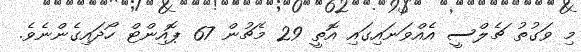
މި ވަގުތު ޗެލްސީ އެއްވަނައިގައި އޮތީ 29 މެޗުން 67 ޕޮއިންޓް ހޯދައިގެންނެވެ.